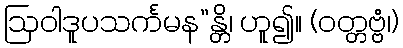
ဩဝါဒူပသင်္ကမန”န္တိ၊ ဟူ၍။ (ဝတ္တဗ္ဗံ၊)